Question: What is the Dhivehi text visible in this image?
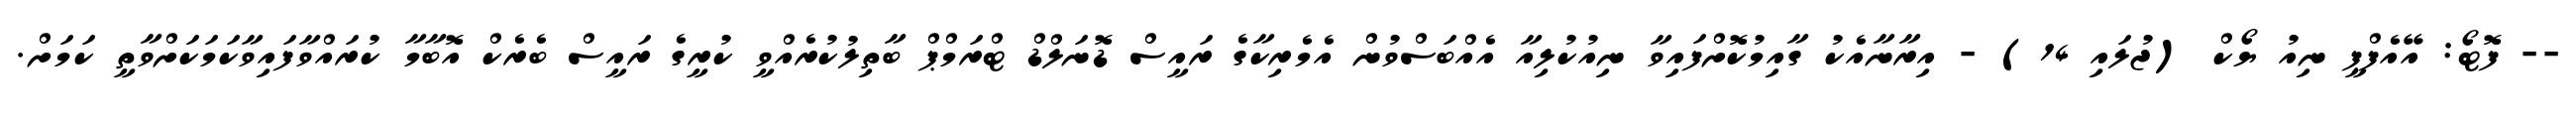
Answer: -- ފޮޓޯ: އޭއެފްޕީ ނިއު ޔޯކް (ޖުލައި 14) - އިރާނާއެކު ގާއިމުކޮށްފައިވާ ނިއުކުލިއާ އެއްބަސްވުން އެމެރިކާގެ ރައީސް ޑޮނަލްޑް ޓްރަމްޕް ބާތިލުކުރެއްވީ ކުރީގެ ރައީސް ބެރެކް އޮބާމާ ކުރައްވާފައިވާކަމަކަށްވާތީ ކަމަށް.